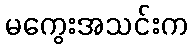
မကွေးအသင်းက